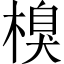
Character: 𣗬